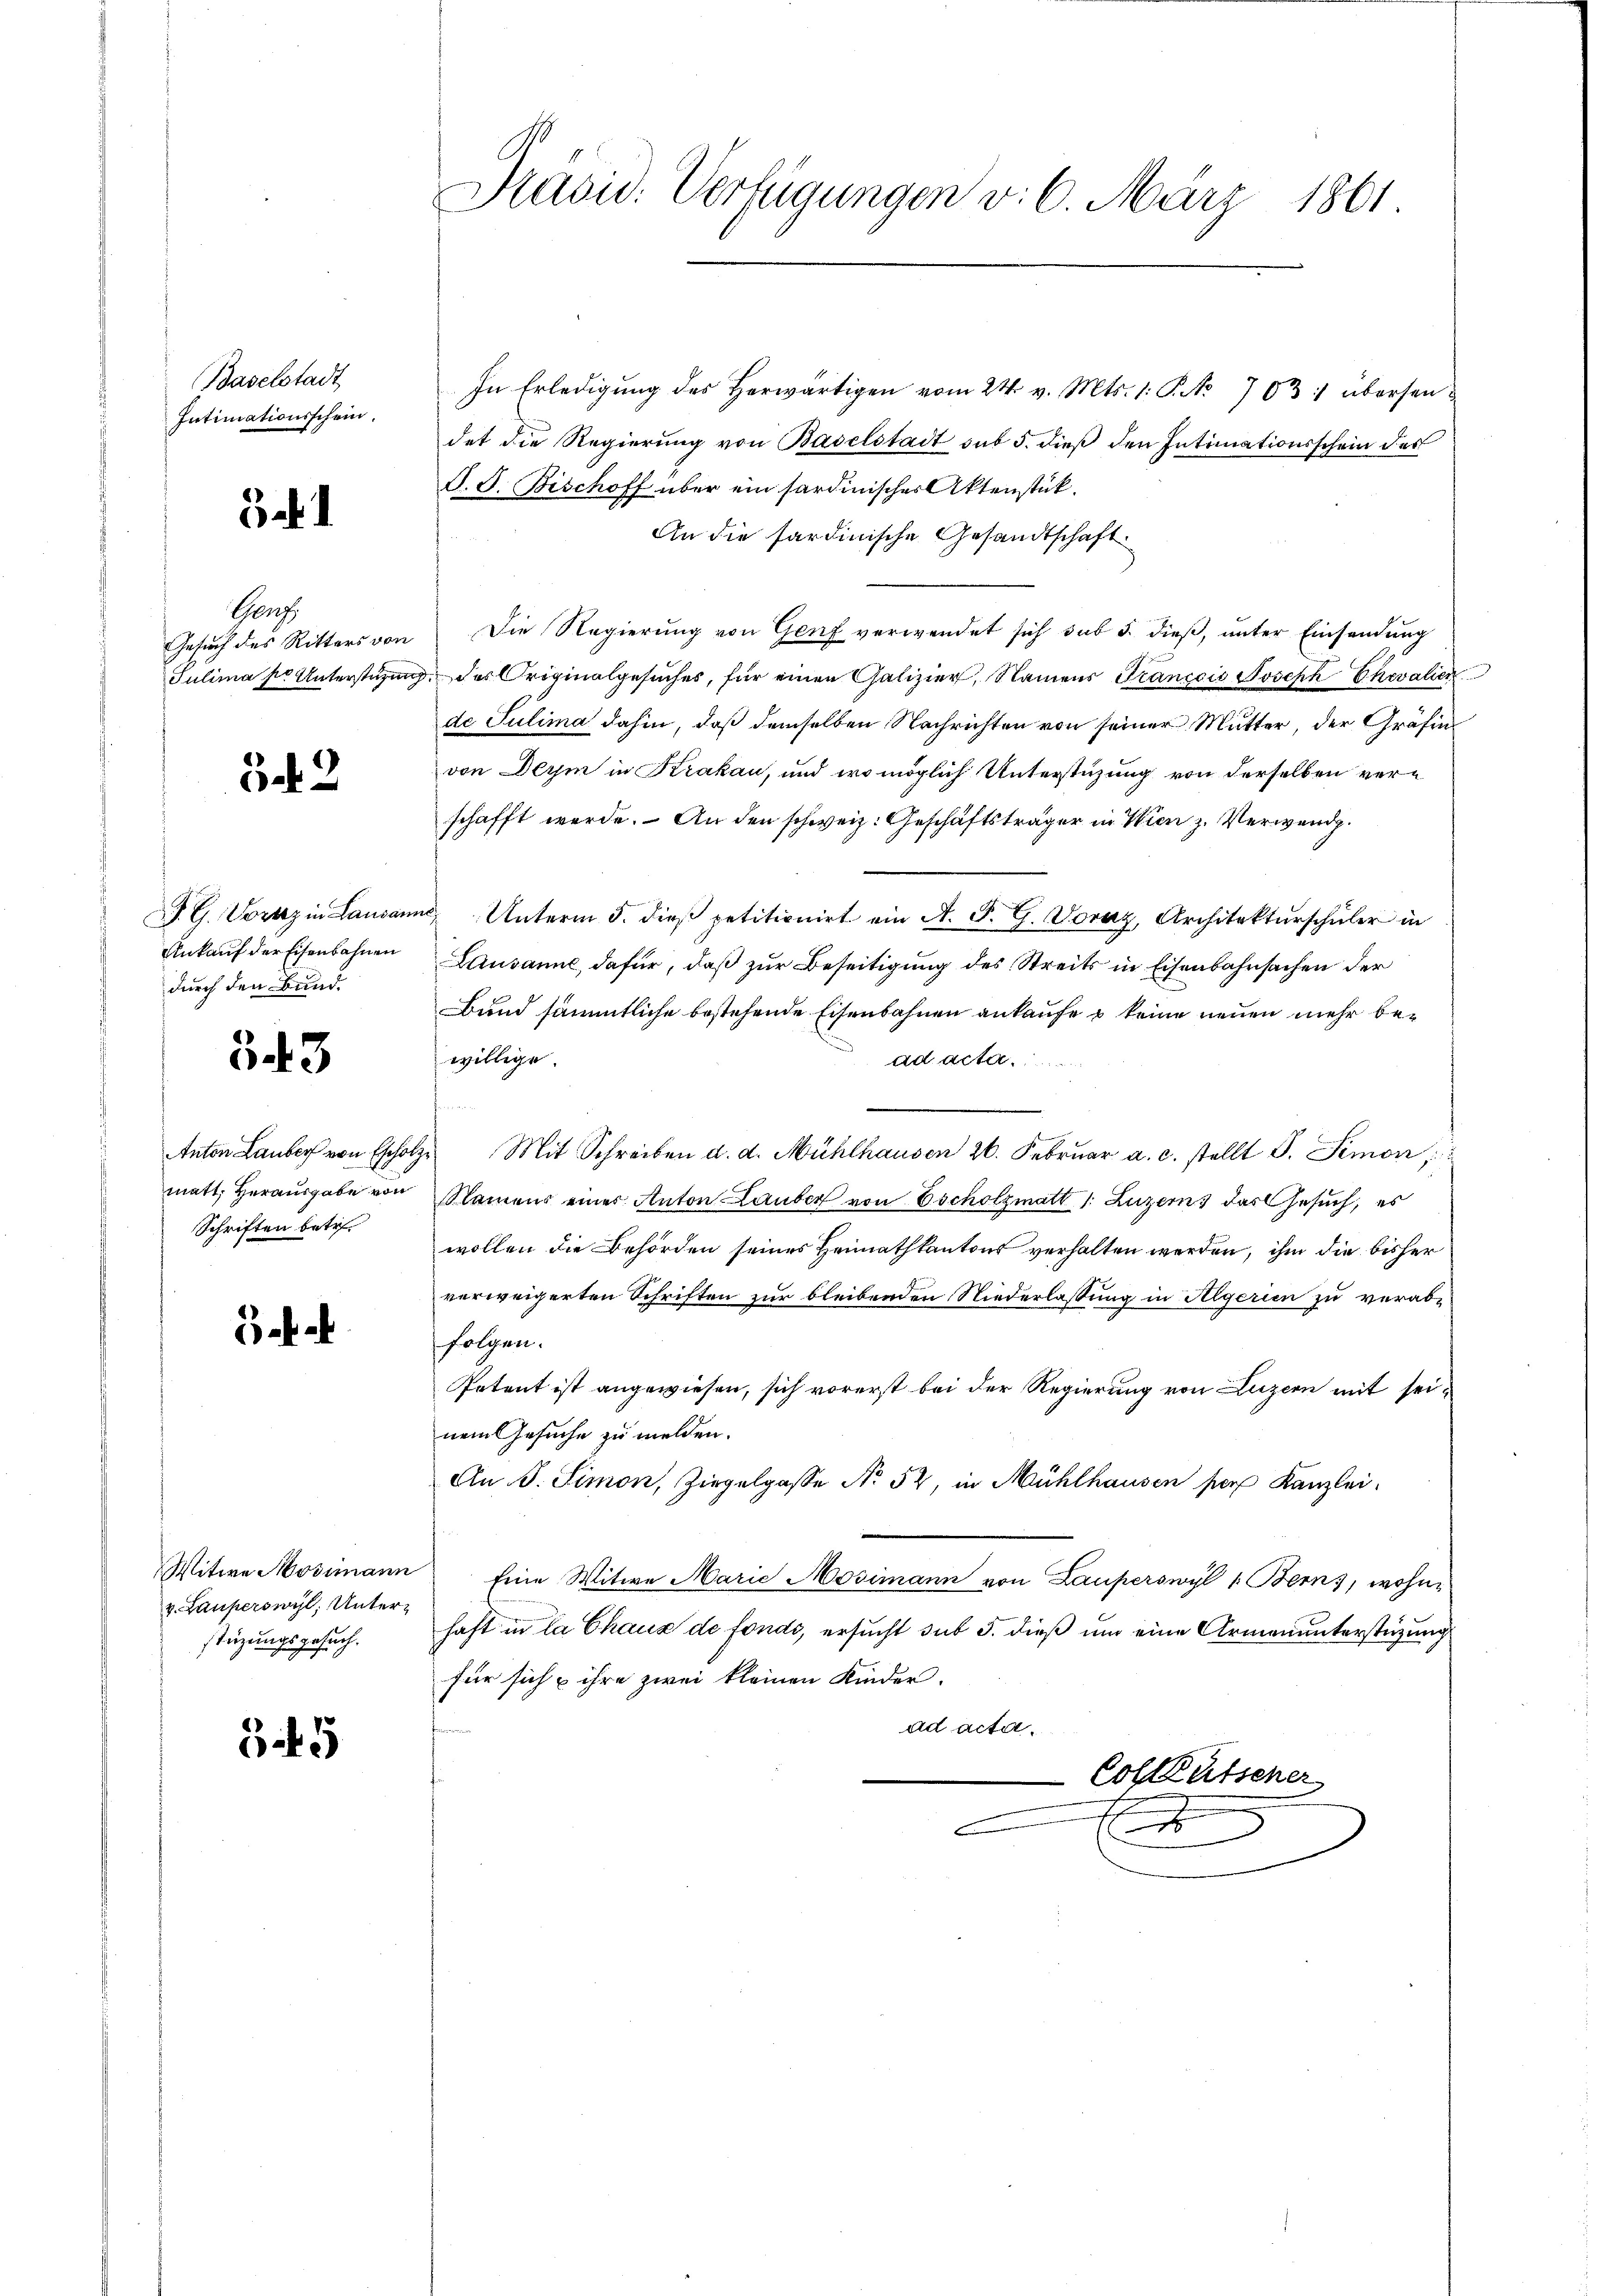
Baselstadt
Intimationsschein.

3

Genz
Gesuch des Ritters von
Julima so Unterstüzun

52

S. G. Voranz in Lausan
Ankauf der Eisenbahnen
durch den Bund.

543

Anton Lauber von Escholz
matt, Herausgabe von
Schriften betr.

Ba

Witwe Mosimann
v. Lauperswyl, Unterstüzungsgesuch.

545

Präsid. Verfügungen v. 6. März 1801.

In Erledigŭng des Herwärtigen vom 24. v. Mts. 1. P. Nr. 703 :/ übersen.
det die Regierung von Baselstadt sub 5. dieß den Intimationsschein des
F. J. Bischoff über ein fardinischer Aktenstück.
An die sardinische Gesandtschaft.
Die Regierung von Genf verwendet sich sub 5. dieß, unter Einsendung
des Originalgesuches, für einen Galizier, Namens Francois Joseph Chevalien
de Julima dahin, daß demselben Nachrichten von seiner Mutter, der Gräfin
von Deym in Krakau, und wo möglich Unterstüzung von derselben verschafft werde. An den schweiz. Geschäftsträger in Wien z. Verwend
 Unterm 5. dieβ petitionirt ein A. F. G. Voraz, Architektŭrschüler in
Lausanne, dafür, daß zur Beseitigung des Streits in Eisenbahnsachen der
Bund sämmtliche bestehende Eisenbahnen ankaufe & keine neuen mehr bewillige.
ad acta.

Mit Schreiben d. d. Mühlhausen 26. Febrŭar a. c. stellt G. Simon
Namens eines Anton Lauber von Escholzmatt /: Luzern, das Gesuch, es
wollen die Behörden seines Heimathkantons verhalten werden, ihm die bisher
verweigerten Schriften zur bleibenden Niederlassung in Algerien zu verab-
folgen.
Petent ist angewiesen, sich vorerst bei der Regierung von Luzern mit seinem Gesuche zu melden.
An B. Simon, Ziegelgasse No 52, in Mühlhausen per Kanzlei¬
Eine Witwe Marie Mosimann von Lauperswyl 1. Berns, wohnhaft in la Chaus de fonds, ersucht sub 5. dieß um eine Armenunterstüzung
für sich u ihre zwei kleinen Kinder.
ad acta.
Colktütscher
e
E